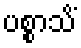
ပစ္စာသိံ